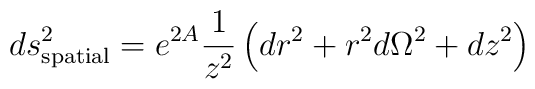
ds_{\rm spatial}^2 = e^{2 A} \frac{1}{z^2} \left( dr^2 + r^2 d\Omega^2+ dz^2 \right)